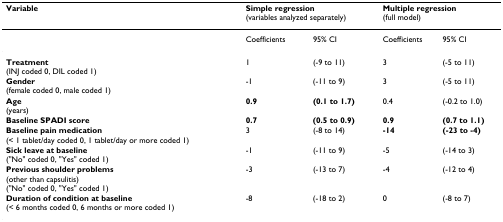
| Variable | <COLSPAN=2> Simple regression(variables analyzed separately) | <COLSPAN=2> Multiple regression(full model) |
 | --- | --- | --- | --- | --- |
 |  | Coefficients | 95% CI | Coefficients | 95% CI |
 | Treatment(INJ coded 0, DIL coded 1) | 1 | (-9 to 11) | 3 | (-5 to 11) |
 | Gender(female coded 0, male coded 1) | -1 | (-11 to 9) | 3 | (-5 to 11) |
 | Age(years) | 0.9 | (0.1 to 1.7) | 0.4 | (-0.2 to 1.0) |
 | Baseline SPADI score | 0.7 | (0.5 to 0.9) | 0.9 | (0.7 to 1.1) |
 | Baseline pain medication(< 1 tablet/day coded 0, 1 tablet/day or more coded 1) | 3 | (-8 to 14) | -14 | (-23 to -4) |
 | Sick leave at baseline("No" coded 0, "Yes" coded 1) | -1 | (-11 to 9) | -5 | (-14 to 3) |
 | Previous shoulder problems(other than capsulitis)("No" coded 0, "Yes" coded 1) | -3 | (-13 to 7) | -4 | (-12 to 4) |
 | Duration of condition at baseline(< 6 months coded 0, 6 months or more coded 1) | -8 | (-18 to 2) | 0 | (-8 to 7) |